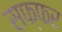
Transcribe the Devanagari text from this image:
सफ्फर